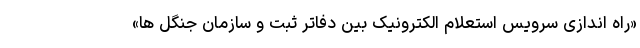
«راه اندازی سرویس استعلام الکترونیک بین دفاتر ثبت و سازمان جنگل ها»